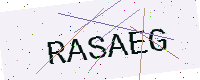
Text: RASAEG